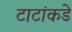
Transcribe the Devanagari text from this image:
टाटांकडे